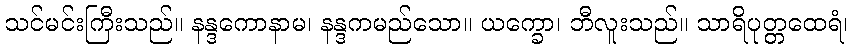
သင်မင်းကြီးသည်။ နန္ဒကောနာမ၊ နန္ဒကမည်သော။ ယက္ခော၊ ဘီလူးသည်။ သာရိပုတ္တထေရံ၊